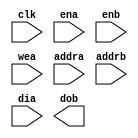
//------------------------------------------------------------+
// Project: Programmable Accelerator
// Module: simple_dp_ram
// Description:
//		Simple Dual-port RAM(with ena, enb pin) wrapper (N_DELAY = 1. Bandwidth = 512bits/cycle)
//		FPGA = 1: Use the generated RAM 
//		Otherwise: Use a RAM modeling
//
// History: 2022.09.17 by Min-Gyu Park (alsrbok@snu.ac.kr)
//------------------------------------------------------------+

`define FPGA 0
module simple_dp_ram #(parameter DATA_BITWIDTH    = 256,
                parameter ADDR_BITWIDTH         = 3,
                parameter DEPTH                 = 8,
                parameter MEM_INIT_FILE = "" )
              ( input clk, ena, enb, wea,
                input [ADDR_BITWIDTH-1 : 0] addra, addrb,
                input [DATA_BITWIDTH-1 : 0] dia, 
                output [DATA_BITWIDTH-1 : 0] dob
    );

    
    `ifdef FPGA
    //------------------------------------------------------------------------+
	// Implement ip generate block ram
	//------------------------------------------------------------------------+
    
        generate
		if((DATA_BITWIDTH==256) && (DEPTH==8) && (MEM_INIT_FILE=="rf_actv_en.mem")) begin: gen_actv_en_BRAM
			actv_en_BRAM u_actv_en_BRAM( 
				.clka(~clk), .clkb(~clk), .ena(ena), .enb(enb), .wea(wea),
				.addra(addra), .addrb(addrb),
				.dina(dia), .doutb(dob)
			);
		end
        else if((DATA_BITWIDTH==256) && (DEPTH==8) && (MEM_INIT_FILE=="rf_wgt_en.mem")) begin: gen_wgt_en_BRAM
            wgt_en_BRAM u_wgt_en_BRAM( 
				.clka(~clk), .clkb(~clk), .ena(ena), .enb(enb), .wea(wea),
				.addra(addra), .addrb(addrb),
				.dina(dia), .doutb(dob)
			);
        end
        else if((DATA_BITWIDTH==1280) && (DEPTH==8) && (MEM_INIT_FILE=="rf_actv_mux32.mem")) begin: gen_actv_mux32_BRAM
            actv_mux32_BRAM u_actv_mux32_BRAM( 
				.clka(~clk), .clkb(~clk), .ena(ena), .enb(enb), .wea(wea),
				.addra(addra), .addrb(addrb),
				.dina(dia), .doutb(dob)
			);
        end
        else if((DATA_BITWIDTH==1280) && (DEPTH==8) && (MEM_INIT_FILE=="rf_wgt_mux32.mem")) begin : gen_wgt_mux32_BRAM
            wgt_mux32_BRAM u_wgt_mux32_BRAM( 
				.clka(~clk), .clkb(~clk), .ena(ena), .enb(enb), .wea(wea),
				.addra(addra), .addrb(addrb),
				.dina(dia), .doutb(dob)
			);
        end
        else if((DATA_BITWIDTH==256) && (DEPTH==32) && (MEM_INIT_FILE=="gbf_actv_buf1.mem"))begin : gen_gbf_actv_buf1
            gbf_actv_buf1 u_gbf_actv_buf1( 
				.clka(~clk), .clkb(~clk), .ena(ena), .enb(enb), .wea(wea),
				.addra(addra), .addrb(addrb),
				.dina(dia), .doutb(dob)
			);
        end
        else if((DATA_BITWIDTH==256) && (DEPTH==32) && (MEM_INIT_FILE=="gbf_actv_buf2.mem"))begin : gen_gbf_actv_buf2
            gbf_actv_buf2 u_gbf_actv_buf2( 
				.clka(~clk), .clkb(~clk), .ena(ena), .enb(enb), .wea(wea),
				.addra(addra), .addrb(addrb),
				.dina(dia), .doutb(dob)
			);
        end
        else if((DATA_BITWIDTH==256) && (DEPTH==32) && (MEM_INIT_FILE=="gbf_wgt_buf1.mem"))begin : gen_gbf_wgt_buf1
            gbf_wgt_buf1 u_gbf_wgt_buf1( 
				.clka(~clk), .clkb(~clk), .ena(ena), .enb(enb), .wea(wea),
				.addra(addra), .addrb(addrb),
				.dina(dia), .doutb(dob)
			);
        end
        else if((DATA_BITWIDTH==256) && (DEPTH==32) && (MEM_INIT_FILE=="gbf_wgt_buf2.mem"))begin : gen_gbf_wgt_buf12
            gbf_wgt_buf2 u_gbf_wgt_buf2( 
				.clka(~clk), .clkb(~clk), .ena(ena), .enb(enb), .wea(wea),
				.addra(addra), .addrb(addrb),
				.dina(dia), .doutb(dob)
			);
        end
        else if((DATA_BITWIDTH==256) && (DEPTH==4) && (MEM_INIT_FILE=="A_adder_mode.mem"))begin : gen_A_adder_mode
            A_adder_mode_BRAM u_A_adder_mode_BRAM( //it need posedge output
				.clka(clk), .clkb(clk), .ena(ena), .enb(enb), .wea(wea),
				.addra(addra), .addrb(addrb),
				.dina(dia), .doutb(dob)
			);
        end
        else if((DATA_BITWIDTH==512) && (DEPTH==32) && (MEM_INIT_FILE==""))begin : gen_gbf_psum_buf
            gbf_psum_buf u_gbf_psum_buf( 
				.clka(clk), .clkb(clk), .ena(ena), .enb(enb), .wea(wea),
				.addra(addra), .addrb(addrb),
				.dina(dia), .doutb(dob)
			);
        end
	    endgenerate
    
    `else 
    
        //------------------------------------------------------------------------+
        // Memory modeling
        //------------------------------------------------------------------------+
        reg [DATA_BITWIDTH-1 : 0] mem[0 : DEPTH-1];

        initial begin
            if (MEM_INIT_FILE != "") begin
                $display("intialize the simple_dp_ram");
                $readmemh(MEM_INIT_FILE, mem);
            end
        end

        //write when ena is 1 (by using only port A)
        always @(negedge clk) begin
            if(ena) begin
                if(wea)
                    mem[addra] <= dia;
            end
        end
        //read when enb is 1 (by using only port B)
        always @(negedge clk) begin
            if(enb) begin
                dob <= mem[addrb];
            end
        end

    `endif

endmodule